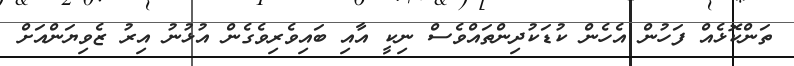
ތަންކޮޅެއް ފަހުން އެހެން ކުޑަކުދިންތައްވެސް ނިކީ އާއި ބައިވެރިވެގެން އުޅުނު އިރު ޒެވިޔަންއަށް